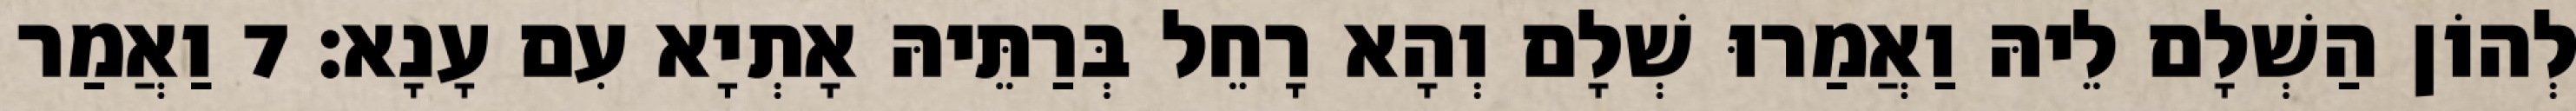
לְהוֹן הַשְׁלָם לֵיהּ וַאֲמַרוּ שְׁלָם וְהָא רָחֵל בְּרַתֵּיהּ אָתְיָא עִם עָנָא׃ 7 וַאֲמַר